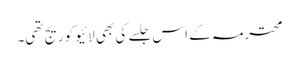
محترمہ کے اس جلسے کی بھی لائیو کوریج تھی۔